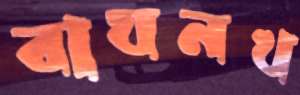
বাঘনখ